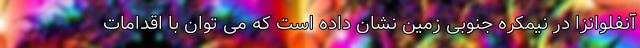
آنفلوانزا در نیمکره جنوبی زمین نشان داده است که می توان با اقدامات